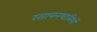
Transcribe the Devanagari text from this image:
रसायनशास्रियों